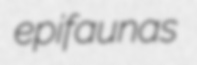
epifaunas